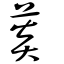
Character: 菼